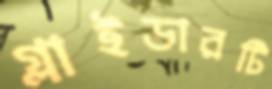
গ্লাইডারটি